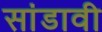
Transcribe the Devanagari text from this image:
सांडावी